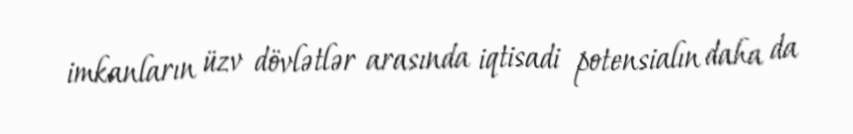
imkanların üzv dövlətlər arasında iqtisadi potensialın daha da